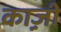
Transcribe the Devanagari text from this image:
का़ज़ी